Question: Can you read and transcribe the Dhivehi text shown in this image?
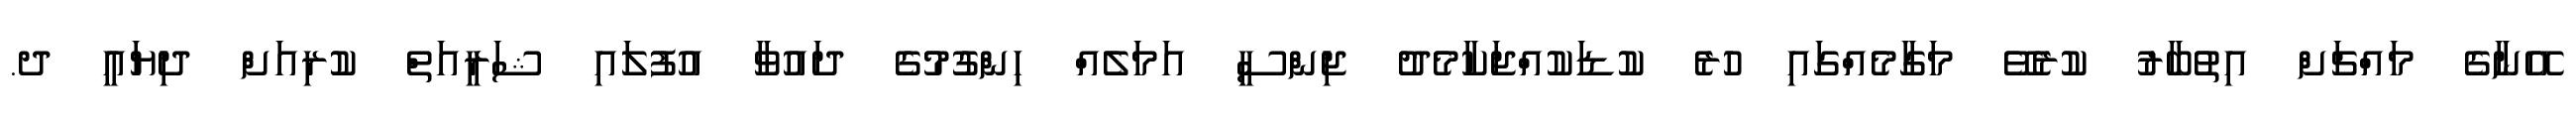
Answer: އޭނާގެ މައްޗަށް އިތުބާރު ކުރެވޭ މަގާމެއްގައި ހުރެ ކުޑަކުއްޖަކާމެދު ޖިންސީ އަމަލެއް ހިންގުމުގެ ދައުވާ އުފުލައި ޝަރީއަތް ކުރިއަށް ދިޔައީ ދ.